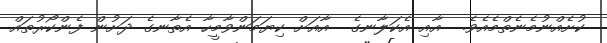
ކުށެއްނުމެނެތްމެއެވެ.  އާއި އެކަލާނގެ  އާއަށް ކިޔަމަންވާމީހާ އެތާނގެ ދަށުން ފެންކޯރުތައް